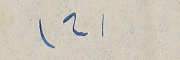
(2)